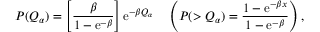
P ( Q _ { \alpha } ) = \left[ \frac { \beta } { 1 - \mathrm { e } ^ { - \beta } } \right] \mathrm { e } ^ { - \beta Q _ { \alpha } } \quad \left( P ( > Q _ { \alpha } ) = \frac { 1 - \mathrm { e } ^ { - \beta x } } { 1 - \mathrm { e } ^ { - \beta } } \right) ,